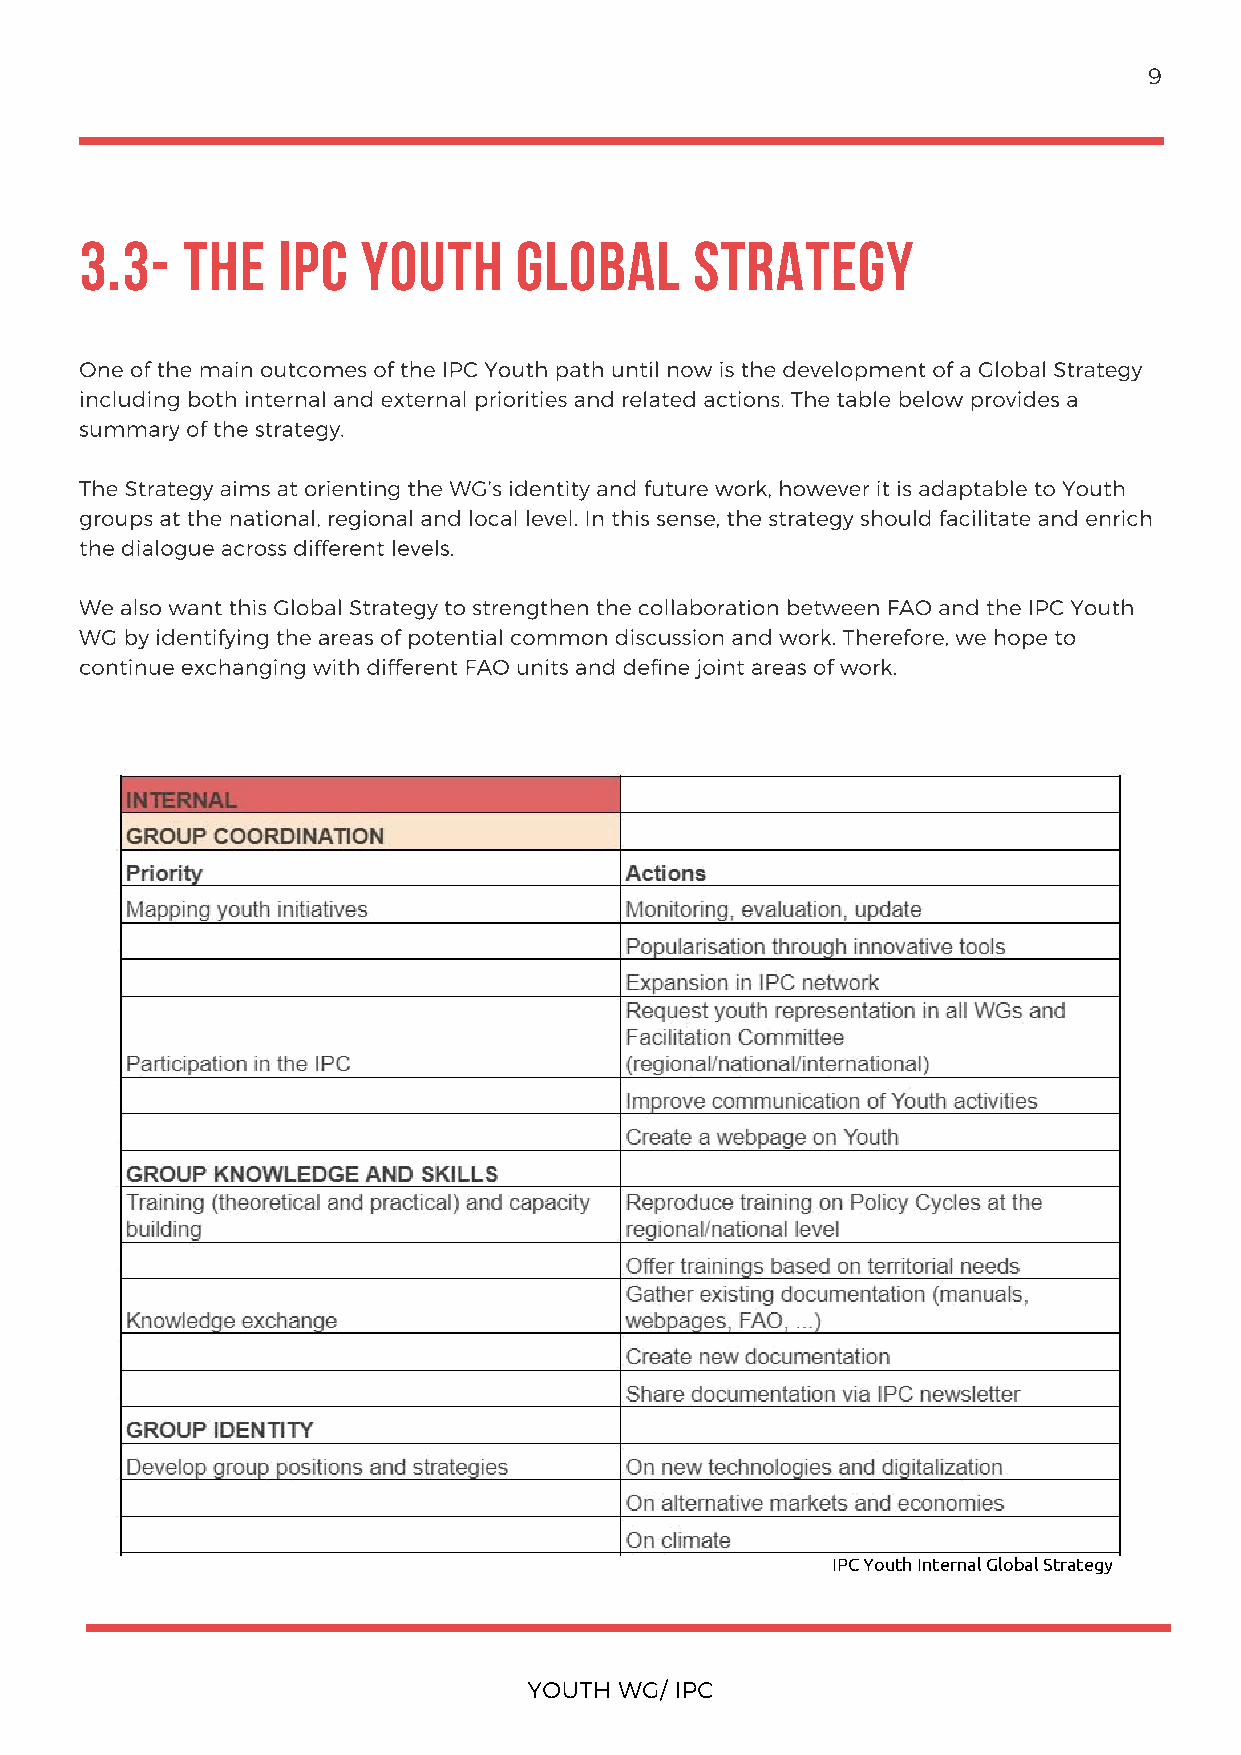
9
 3.3-   THE   IPC   YOUTH     GLOBAL      STRATEGY
 One of the main outcomes of the IPC Youth path until now is the development of a Global Strategy
 including both internal and external priorities and related actions. The table below provides a
 summary of the strategy.
 The Strategy aims at orienting the WG’s identity and future work, however it is adaptable to Youth
 groups at the national, regional and local level. In this sense, the strategy should facilitate and enrich
 the dialogue across different levels.
 We also want this Global Strategy to strengthen the collaboration between FAO and the IPC Youth
 WG by identifying the areas of potential common discussion and work. Therefore, we hope to
 continue exchanging with different FAO units and define joint areas of work.
 IPC Youth Internal Global Strategy
 YOUTH WG/ IPC